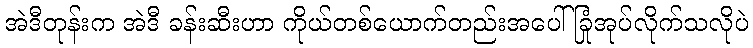
အဲဒီတုန်းက အဲဒီ ခန်းဆီးဟာ ကိုယ်တစ်ယောက်တည်းအပေါ် ခြုံအုပ်လိုက်သလိုပဲ